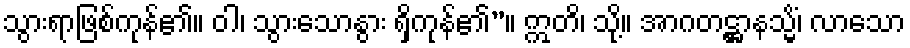
သွားရာဖြစ်ကုန်၏။ ဝါ၊ သွားသောနွား ရှိကုန်၏”။ ဣတိ၊ သို့။ အာဂတဋ္ဌာနသ္မိံ၊ လာသော